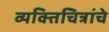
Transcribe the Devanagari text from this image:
व्यक्तिचित्रांचे